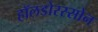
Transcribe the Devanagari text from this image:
हॉलडोरस्सोन